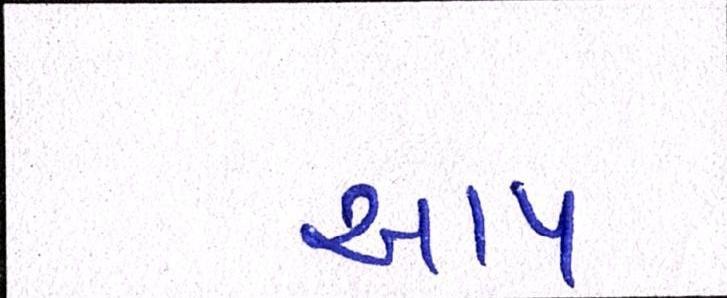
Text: આપ